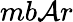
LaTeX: mb\mathcal{A}r